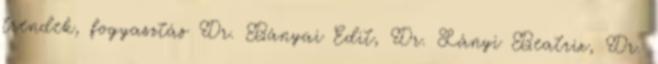
trendek, fogyasztás Dr. Bányai Edit, Dr. Lányi Beatrix, Dr.